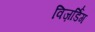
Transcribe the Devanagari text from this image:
विज़र्डिंग